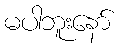
မပါဘူးနော်